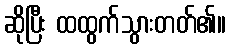
ဆိုပြီး ထထွက်သွားတတ်၏။